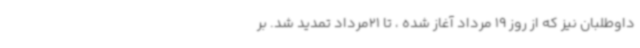
داوطلبان نیز که از روز 19 مرداد آغاز شده ، تا 21مرداد تمدید شد. بر